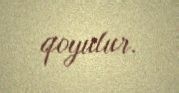
qoyulur.